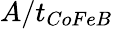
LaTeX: A/t_{CoFeB}